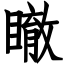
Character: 瞮